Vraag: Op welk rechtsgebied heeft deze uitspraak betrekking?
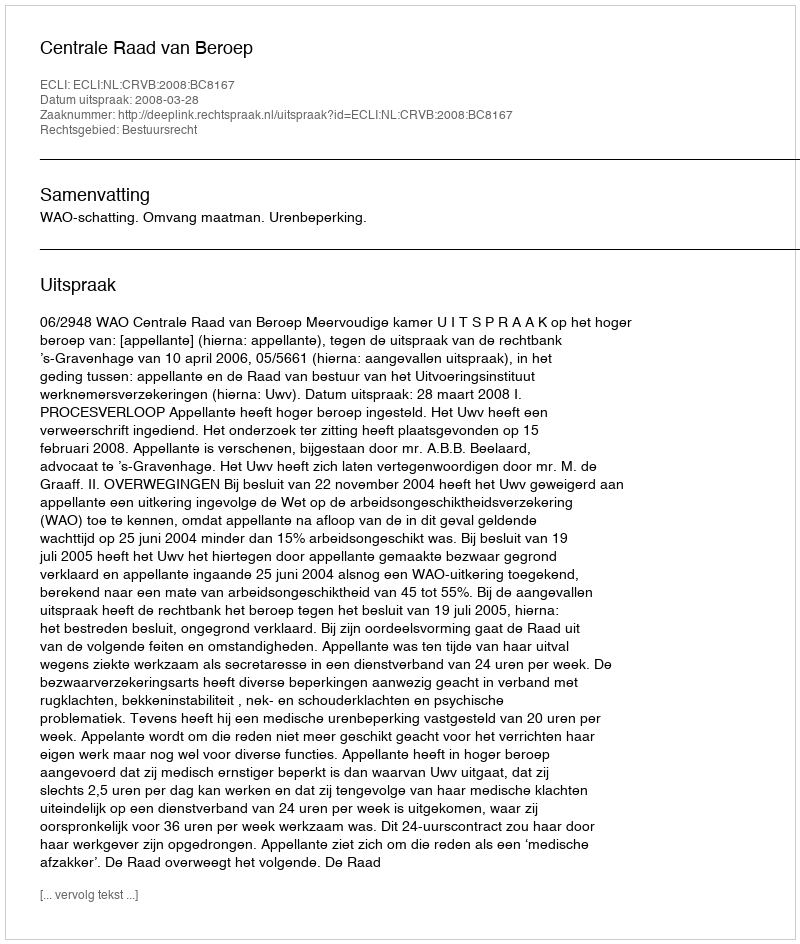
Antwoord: Bestuursrecht